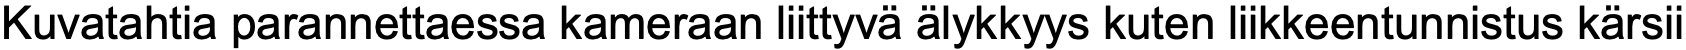
Kuvatahtia parannettaessa kameraan liittyvä älykkyys kuten liikkeentunnistus kärsii